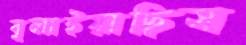
বুলাইয়াছিস